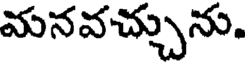
మనవచ్చును.